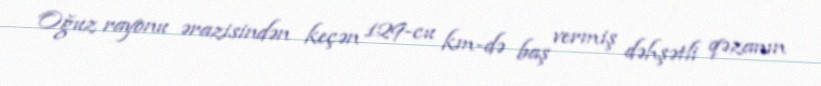
Oğuz rayonu ərazisindən keçən 129-cu km-də baş vermiş dəhşətli qəzanın